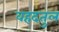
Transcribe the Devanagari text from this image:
वहदतुल